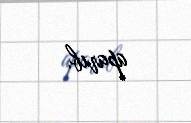
aparıb.